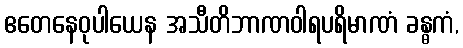
ဧတေနေဝုပါယေန အသီတိဘာဏဝါရပရိမာဏံ ခန္ဓကံ,